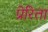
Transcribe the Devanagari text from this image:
प्रेरिता